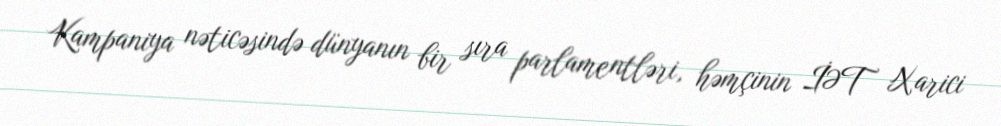
Kampaniya nəticəsində dünyanın bir sıra parlamentləri, həmçinin İƏT Xarici